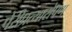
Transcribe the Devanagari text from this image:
पेरीप्रत्यारोपण